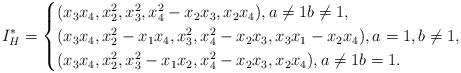
LaTeX: \begin{align*}I_H^*= \begin{cases} (x_3x_4, x_2^2, x_3^2, x_4^2-x_2x_3, x_2x_4), a\neq 1 b\neq 1, \\ (x_3x_4, x_2^2-x_1 x_4, x_3^2, x_4^2-x_2x_3, x_3x_1-x_2x_4), a= 1, b\neq 1, \\ (x_3x_4, x_2^2, x_3^2-x_1x_2, x_4^2-x_2x_3, x_2x_4), a\neq 1 b = 1.\end{cases}\end{align*}